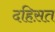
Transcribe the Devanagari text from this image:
दहिस़त